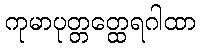
ကုမာပုတ္တတ္ထေရဂါထာ